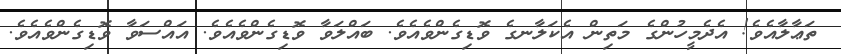
ތަޢާލާއެވެ! އެދެމީހުންގެ މަތިން އެކަލާނގެ ވޮޑިގެންވެއެވެ. ބައްލަވާ ވޮޑިގެންވެއެވެ. އައްސަވާ ވޮޑިގެންވެއެވެ.